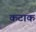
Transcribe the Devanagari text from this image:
कटाक